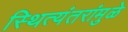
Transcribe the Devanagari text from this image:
स्थित्यंतरांमुळे